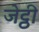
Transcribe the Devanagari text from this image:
जेट्ठी